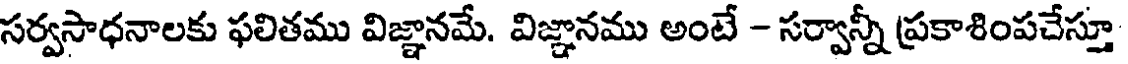
సర్వసాధనాలకు ఫలితము విజ్ఞానమే. విజ్ఞానము అంటే - సర్వాన్నీ ప్రకాశింపచేస్తూ